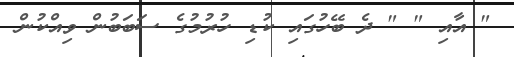
" އާއި " " ދެ ބޭހުގައި ކުޑި ހުރުމުގެ ސަބަބުން ވިއްކުން